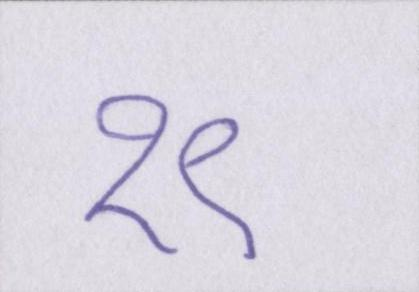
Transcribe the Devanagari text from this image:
१९